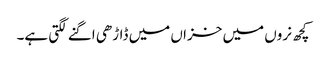
کچھ نروں میں خزاں میں ڈاڑھی اگنے لگتی ہے۔